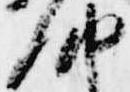
納